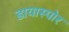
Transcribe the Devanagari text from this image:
डायास्पोर